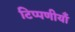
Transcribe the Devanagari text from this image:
टिप्पणीयाँ